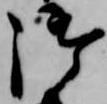
御